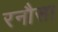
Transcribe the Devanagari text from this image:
रनौसा